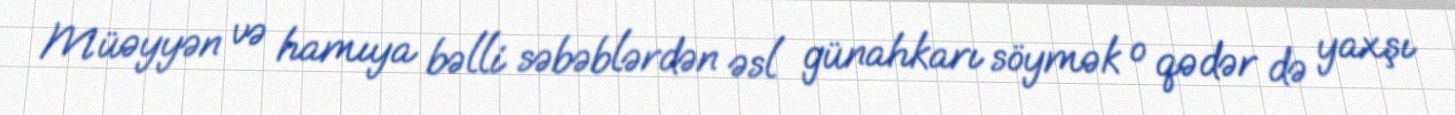
Müəyyən və hamıya bəlli səbəblərdən əsl günahkarı söymək o qədər də yaxşı